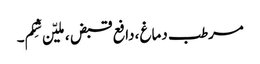
مرطب دماغ ،دافع قبض ،ملیّن شِکم۔